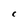
Character: C